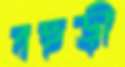
বহুড়ী